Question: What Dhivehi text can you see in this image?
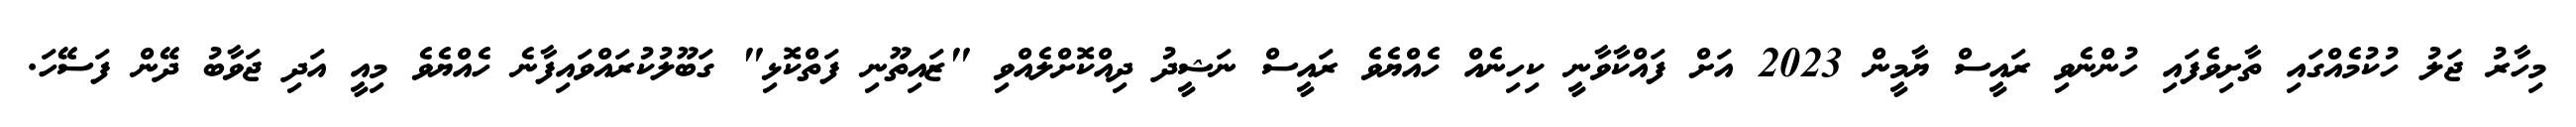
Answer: މިހާރު ޖަލު ހުކުމެއްގައި ތާށިވެފައި ހުންނެވި ރައީސް ޔާމީން 2023 އަށް ފައްކާވާނީ ކިހިނެއް ހެއްޔެވެ ރައީސް ނަޝީދު ދިއްކޮށްލެއްވި "ޒައިތޫނި ފަތްކޮޅި" ގަބޫލުކުރައްވައިފާނެ ހެއްޔެވެ މިއީ އަދި ޖަވާބު ދޭން ފަސޭހަ.